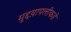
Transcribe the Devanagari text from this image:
मुद्दय़ापलीकडे